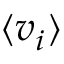
\langle v _ { i } \rangle